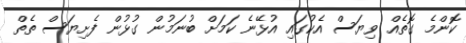
ކޮންމެ ގޮތެއް ވިޔަސް އެކުގައި އުޅޭނެ ކަމަށް ބުނަމުން ގުޅުން ފެށިޔަސް ތެތް